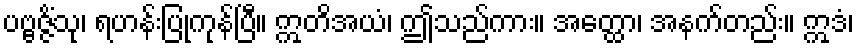
ပဗ္ဗဇ္ဇိံသု၊ ရဟန်းပြုကုန်ပြီ။ ဣတိအယံ၊ ဤသည်ကား။ အတ္ထော၊ အနက်တည်း။ ဣဒံ၊